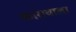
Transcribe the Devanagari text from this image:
कासवाला